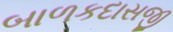
બાળકદાસજી